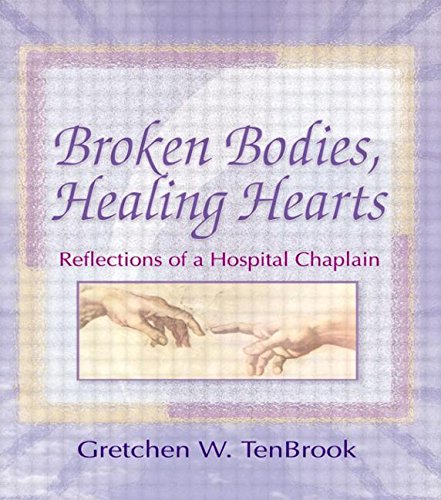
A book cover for Broken Bodies, Healing Hearts: Reflections of a Hospital Chaplain; Gretchen Tenbrook; Christian Books & Bibles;